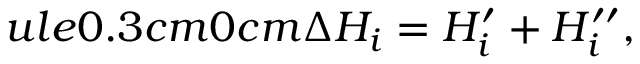
ule { 0.3 cm } { 0 cm } \Delta H _ { i } = H _ { i } ^ { \prime } + H _ { i } ^ { \prime \prime } ,